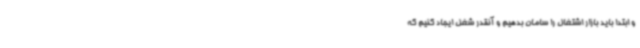
و ابتدا باید بازار اشتغال را سامان بدهیم و آنقدر شغل ایجاد کنیم که